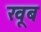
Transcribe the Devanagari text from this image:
खूब